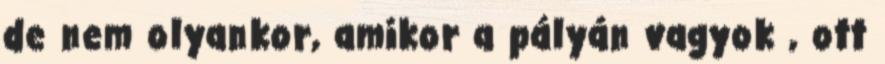
de nem olyankor, amikor a pályán vagyok , ott